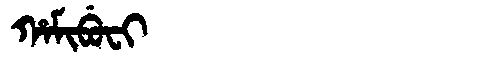
Manchu: ᡥᠠᠮᡳᠪᡠᠸᡳ
Romanization: HAMIBUFI